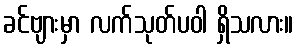
ခင်ဗျားမှာ လက်သုတ်ပဝါ ရှိသလား။